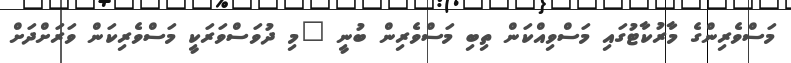
މަސްވެރިންގެ މާރުކާޓުގައި މަސްވިއްކަން ތިބި މަސްވެރިން ބުނީ "މި ދުވަސްވަރަކީ މަސްވެރިކަން ވަރަށްދަށް